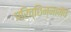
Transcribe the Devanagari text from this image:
परिच्छिन्नामेवं